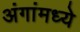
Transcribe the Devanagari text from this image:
अंगांमध्ये